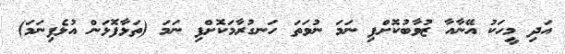
އަދި މީހަކު އޭނާއާ ޒުވާބުކޮށްފި ނަމަ ނުވަތަ ހަނގުރާމަކޮށްފި ނަމަ (ތަޅާފޮޅަން އުޅެފިނަމަ)